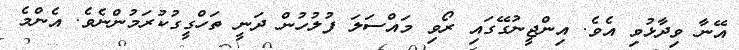
އޭނާ ވިދާޅުވި އެވެ. އިންޖީނުގޭގައި ރޯވި މައްސަލަ ފުލުހުން ދަނީ ތަހްގީގުކުރަމުންނެވެ. އެންމެ